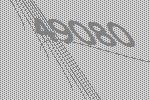
49080